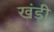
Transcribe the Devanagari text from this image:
खंड़ी